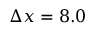
\Delta x = 8 . 0